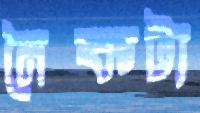
নৈকট্য